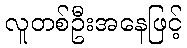
လူတစ်ဦးအနေဖြင့်